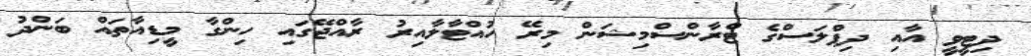
ދިޓީވީ އާއި ދިޕްލަސްގެ ޓްރާންސްމިޝަން މިރޭ ހުއްޓާލާއިރު ރާއްޖޭގައި ހިންގާ މީޑިއާތައް ބަންދު